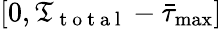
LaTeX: \left[0,{\mathfrak{T}_{\mathrm{{~t~o~t~a~l~}}}}-{\bar{{\tau}}_{\operatorname*{max}}}\right]